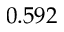
0 . 5 9 2